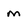
Character: m